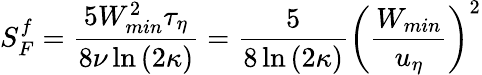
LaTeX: S_{F}^{f}=\frac{5W_{min}^{2}\tau_{\eta}}{8\nu\ln{(2\kappa)}}=\frac{5}{8\ln{(2\kappa)}}\left(\frac{W_{min}}{u_{\eta}}\right)^{2}